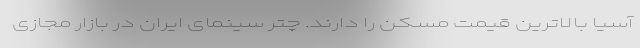
آسیا بالاترین قیمت مسکن را دارند. چتر سینمای ایران در بازار مجازی